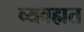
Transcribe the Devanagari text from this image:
व्यवह्मत